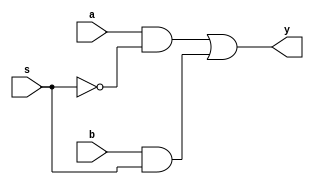
module mux2x1_gate(a, b, s, y);
	input a, b, s;
	output y;
	
	wire sNot, a_sNot, b_s;

	not i0 	(sNot, s);
	and i1 	(a_sNot, a, sNot);
	and i2 	(b_s, b, s);
	or	i3	(y, a_sNot, b_s);


endmodule